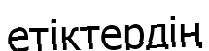
етіктердің